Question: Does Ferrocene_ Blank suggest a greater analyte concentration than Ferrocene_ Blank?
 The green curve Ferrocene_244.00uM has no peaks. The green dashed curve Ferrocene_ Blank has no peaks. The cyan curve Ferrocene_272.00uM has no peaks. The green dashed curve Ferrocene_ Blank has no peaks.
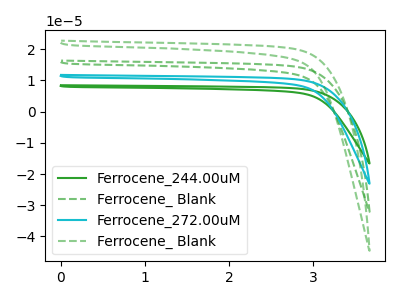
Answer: <think>Neither "Ferrocene_ Blank" or "Ferrocene_ Blank" have any peaks.
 </think>
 <answer>I cant tell if "Ferrocene_ Blank" or "Ferrocene_ Blank" has more signal.</answer>
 <eval>mixed_signal</eval>